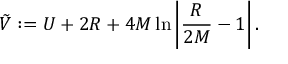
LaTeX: \tilde { V } : = U + 2 R + 4 M \ln \left| \frac { R } { 2 M } - 1 \right| .